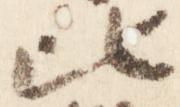
比